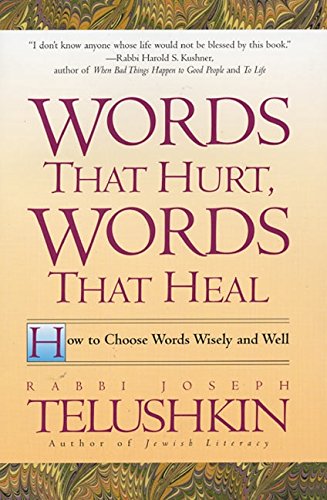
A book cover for Words That Hurt, Words That Heal: How to Choose Words Wisely and Well; Joseph Telushkin; Reference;